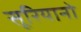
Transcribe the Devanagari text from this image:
सूरियानो